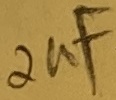
Text: 2µF